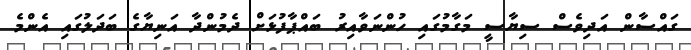
ގައްސާން އަދިވެސް ސިޔާސީ މަގާމުގައި ހުންނަވާއިރު ބައްޕާފުޅަށް ދެމުންދާ އަނިޔާގެ ބަދަލުގައި އެންމެ